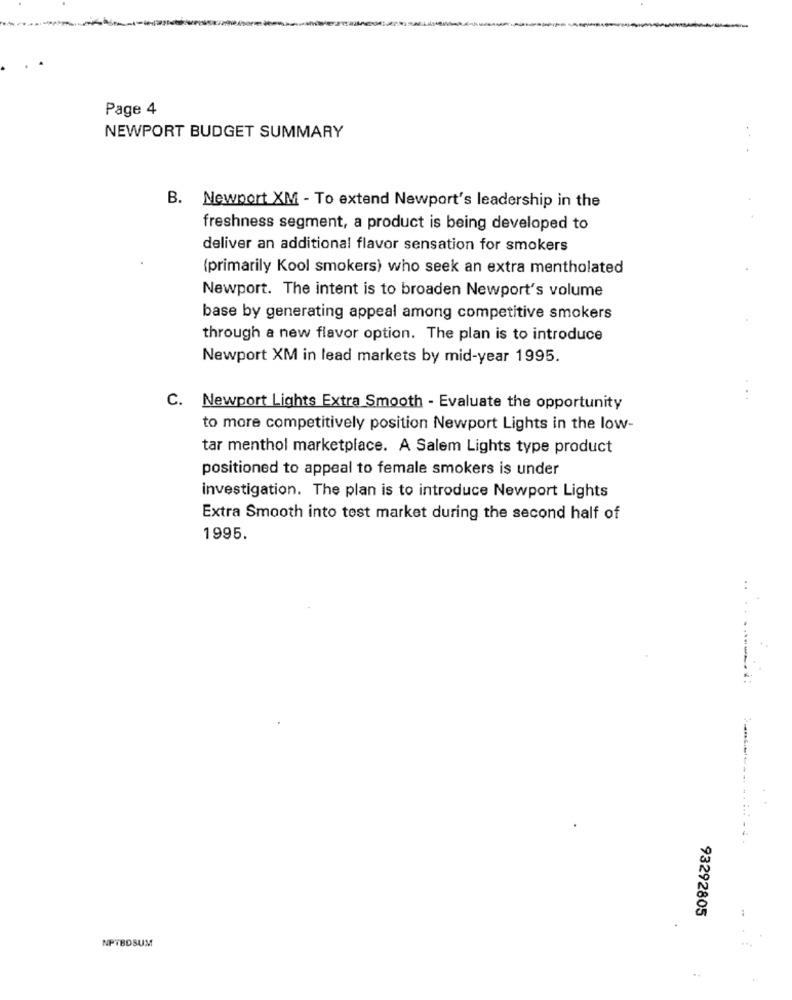
Page 4
NEWPORT BUDGET SUMMARY
...
B. Newport XM - To extend Newport's leadership in the
freshness segment, a product is being developed to
deliver an additional flavor sensation for smokers
(primarily Kool smokers) who seek an extra mentholated
Newport. The intent is to broaden Newport's volume
base by generating appeal among competitive smokers
through a new flavor option. The plan is to introduce
Newport XM in lead markets by mid-year 1995.
C.
..
Newport Lights Extra Smooth - Evaluate the opportunity
to more competitively position Newport Lights in the low-
tar menthol marketplace. A Salem Lights type product
positioned to appeal to female smokers is under
investigation. The plan is to introduce Newport Lights
Extra Smooth into test market during the second half of
1995.
..
-----
93292805
NPTBDSUM